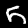
Digit: 5